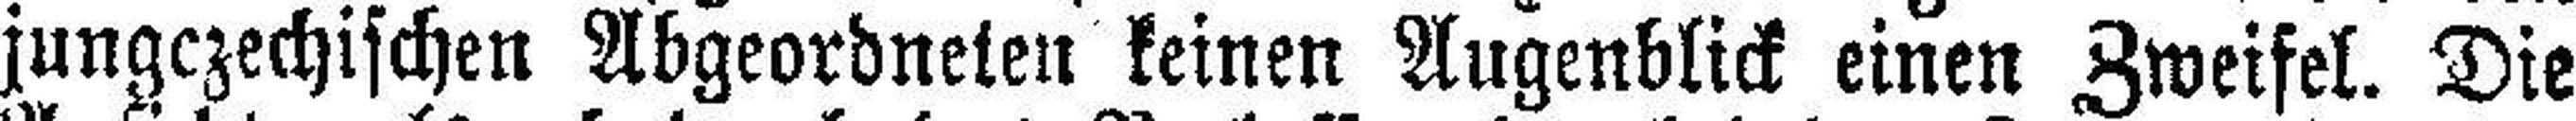
jungczechischen Abgeordneten keinen Augenblick einen Zweifel. Die